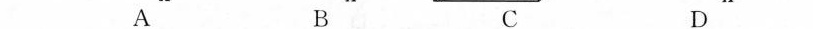
A B C D